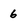
Character: 6